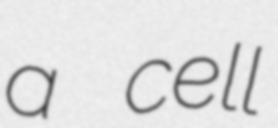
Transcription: a cell